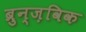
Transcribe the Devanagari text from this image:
ब्रुन्ज़विक